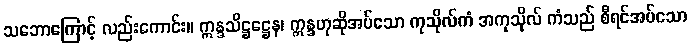
သဘောကြောင့် လည်းကောင်း။ ဣန္ဒသိဋ္ဌဋ္ဌေန၊ ဣန္ဒဟုဆိုအပ်သော ကုသိုလ်ကံ အကုသိုလ် ကံသည် စီရင်အပ်သော